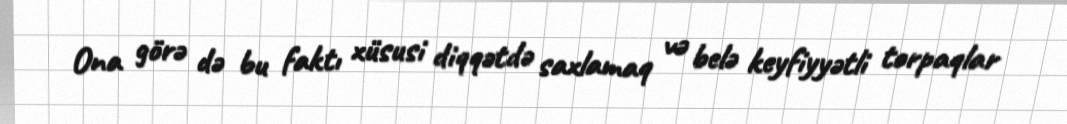
Ona görə də bu faktı xüsusi diqqətdə saxlamaq və belə keyfiyyətli torpaqlar